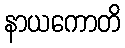
နာယကောတိ